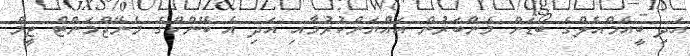
އަދި ބީއެމްއެލްގެ ބޯޑަށް މެންބަރުން އައްޔަންކުރުމާއި އަދި އެ ބޭންކްގެ މެނޭޖްމަންޓް ޓީމް